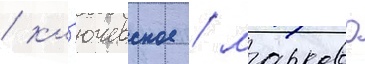
/ кл'ючевское / марково